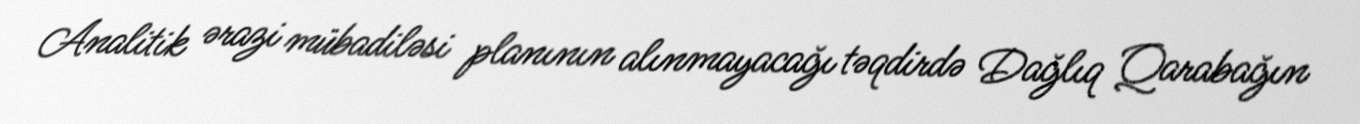
Analitik ərazi mübadiləsi planının alınmayacağı təqdirdə Dağlıq Qarabağın